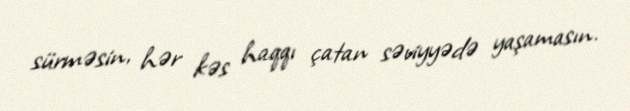
sürməsin, hər kəs haqqı çatan səviyyədə yaşamasın.